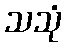
သသုံ